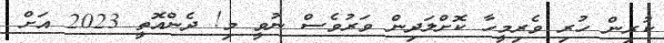
ކުރިން ހުރި ވެރިމީހާ ކޮށްލަދިން ވަރުވެސް ނުވީ މި! ދެންއޮތީ 2023 އަށް